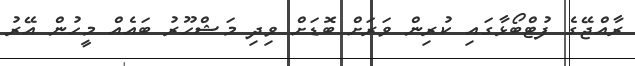
ރާއްޖޭގެ ފުޓްބޯޅާގައި ކުރިން ވަރަށް ބޮޑަށް ވިދި މަޝްހޫރު ބައެއް މީހުން އޭރު